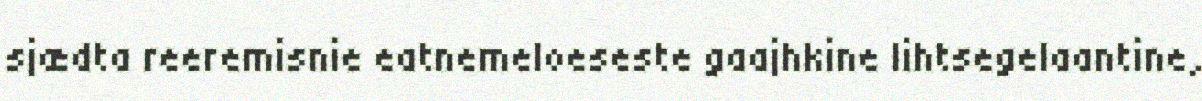
sjædta reeremisnie eatnemeloeseste gaajhkine lihtsegelaantine,